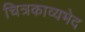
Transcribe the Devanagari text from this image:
चित्रकाव्यभेद